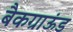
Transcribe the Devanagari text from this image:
बैकग्राऊंड